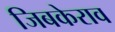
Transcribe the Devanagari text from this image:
जिबकेराव